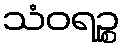
သံဝရဉ္စ